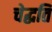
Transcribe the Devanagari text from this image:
चेद्धति